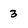
Character: 3